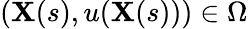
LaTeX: (\mathbf{X}(s),u(\mathbf{X}(s)))\in\Omega